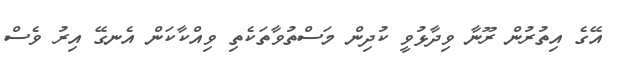
އޭގެ އިތުރުން ރޫނާ ވިދާޅުވީ ކުދިން މަސްތުވާތަކެތި ވިއްކާކަން އެނގޭ އިރު ވެސް